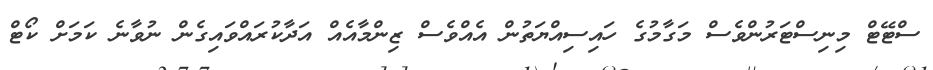
ސްޓޭޓް މިނިސްޓަރުންވެސް މަގާމުގެ ހައިސިއްޔަތުން އެއްވެސް ޒިންމާއެއް އަދާކުރައްވައިގެން ނުވާނެ ކަމަށް ކޯޓް